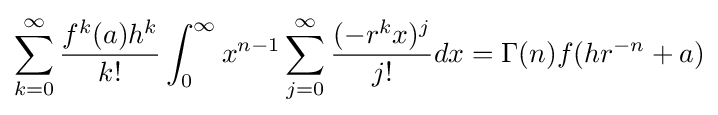
\sum _{k=0}^{\infty }{\frac {f^{k}(a)h^{k}}{k!}}\int _{0}^{\infty }x^{n-1}\sum _{j=0}^{\infty }{\frac {(-r^{k}x)^{j}}{j!}}dx=\Gamma (n)f(hr^{-n}+a)